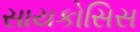
સાયકોસિસ